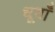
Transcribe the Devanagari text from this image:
धूवाँ